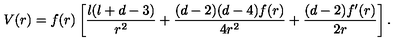
V ( r ) = f ( r ) \left[ \frac { l ( l + d - 3 ) } { r ^ { 2 } } + \frac { ( d - 2 ) ( d - 4 ) f ( r ) } { 4 r ^ { 2 } } + \frac { ( d - 2 ) f ^ { \prime } ( r ) } { 2 r } \right] .